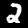
Label: 2